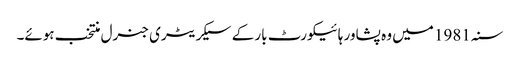
سنہ 1981 میں وہ پشاور ہائیکورٹ بار کے سیکریٹری جنرل منتخب ہوئے۔